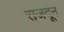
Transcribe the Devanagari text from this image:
राजदून